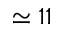
\simeq 1 1